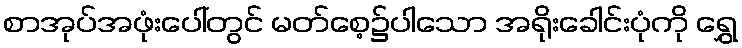
စာအုပ်အဖုံးပေါ်တွင် မတ်စေ့၌ပါသော အရိုးခေါင်းပုံကို ရွှေ